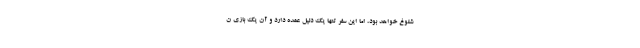
شلوغ خواهد بود، اما این سفر تنها یک دلیل عمده دارد و آن یک بازی ن